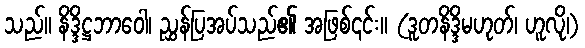
သည်။ နိဒ္ဒိဋ္ဌဘာဝေါ၊ ညွှန်ပြအပ်သည်၏ အဖြစ်၎င်း။ (ဒူတနိဒ္ဒိမဟုတ်၊ ဟူလို၊)